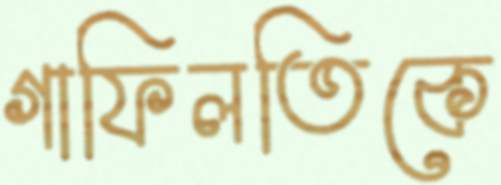
গাফিলতিকে